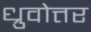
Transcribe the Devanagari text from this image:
ध्रुवोत्तर